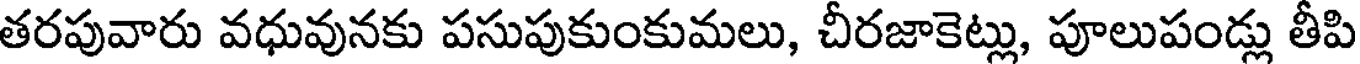
తరపువారు వధువునకు పసుపుకుంకుమలు, చీరజాకెట్లు, పూలుపండ్లు తీపి